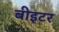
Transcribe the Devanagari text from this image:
बीइटर